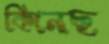
কিনেছ